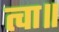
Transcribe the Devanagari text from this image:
त्वा॥